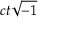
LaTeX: \scriptstyle { c t { \sqrt { - 1 } } }